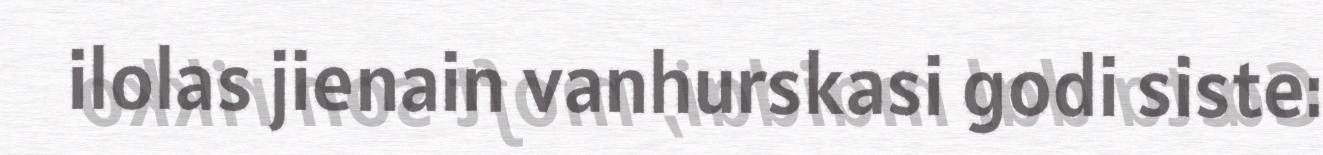
ilolas jienain vanhurskasi godi siste: